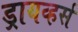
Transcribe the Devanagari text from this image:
ड्रायव्हर्स